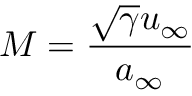
M = \frac { \sqrt { \gamma } u _ { \infty } } { a _ { \infty } }